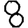
Digit: 8